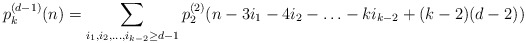
\begin{align*}p_k^{(d-1)}(n)=\sum_{i_1,i_2,\ldots,i_{k-2} \ge d-1} p_2^{(2)}(n-3i_1-4i_2-\ldots-ki_{k-2}+(k-2)(d-2)) \end{align*}